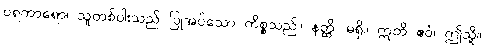
ပရကာရော၊ သူတစ်ပါးသည် ပြုအပ်သော ကိစ္စသည်။ နတ္ထိ၊ မရှိ။ ဣတိ ဧဝံ၊ ဤသို့။